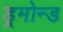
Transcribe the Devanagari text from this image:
ड्रमोन्ड